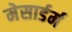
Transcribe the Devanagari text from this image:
मेसार्डर्म